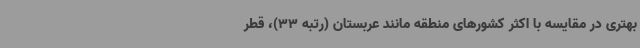
بهتری در مقایسه با اکثر کشورهای منطقه مانند عربستان (رتبه 33)، قطر